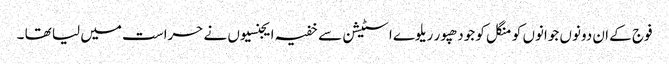
فوج کے ان دونوں جوانوں کو منگل کو جودھپور ریلوے اسٹیشن سے خفیہ ایجنسیوں نے حراست میں لیا تھا ۔